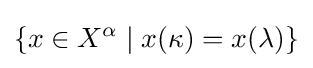
\{x\in X^{\alpha }\mid x(\kappa )=x(\lambda )\}